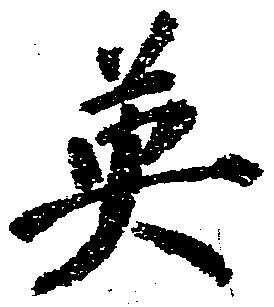
英